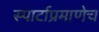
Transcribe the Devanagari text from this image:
स्पार्टाप्रमाणेच